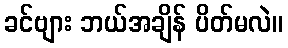
ခင်ဗျား ဘယ်အချိန် ပိတ်မလဲ။